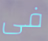
فى